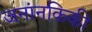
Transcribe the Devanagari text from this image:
जनांनकिकी